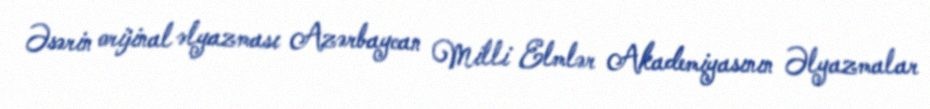
Əsərin orijinal əlyazması Azərbaycan Milli Elmlər Akademiyasının Əlyazmalar